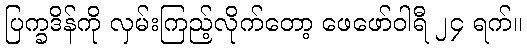
ပြက္ခဒိန်ကို လှမ်းကြည့်လိုက်တော့ ဖေဖော်ဝါရီ ၂၄ ရက်။